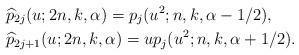
LaTeX: \begin{align*}&\widehat p_{2j}(u;2n,k,\alpha)=p_{j}(u^2;n,k,\alpha-1/2),\\&\widehat p_{2j+1}(u;2n,k,\alpha)=up_{j}(u^2;n,k,\alpha+1/2).\end{align*}